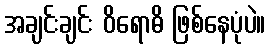
အချင်းချင်း ဝိရောဓိ ဖြစ်နေပုံပဲ။